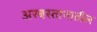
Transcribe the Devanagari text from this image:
अरबस्तानातील